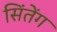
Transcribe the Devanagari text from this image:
सिंतेंग